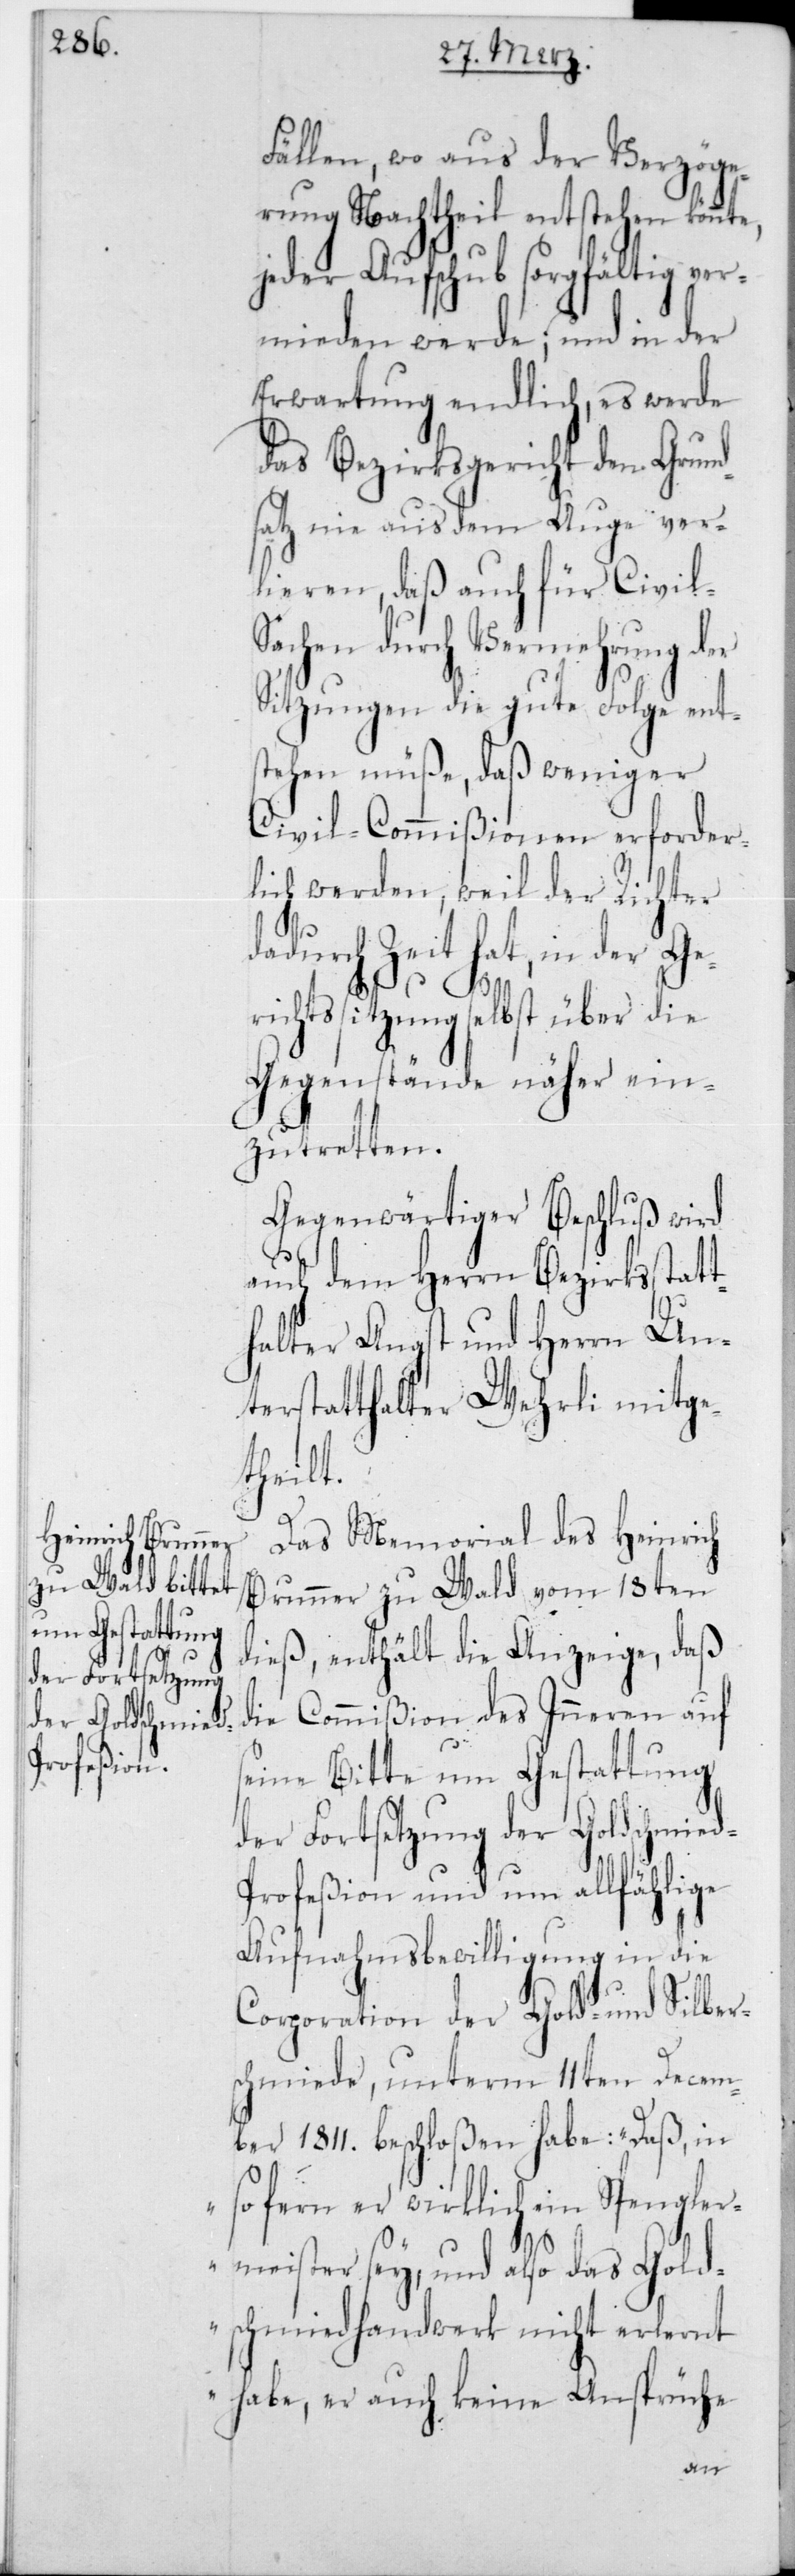
Fällen, wo aus der Verzöge¬
rung Nachtheil entstehen könnte,
jeder Aufschub sorgfältig ver¬
mieden werde; und in der
Erwartung endlich, es werde
das Bezirksgericht den Grund¬
satz nie aus dem Auge ver¬
lieren, daß auch für Civi¬
achen durch Vermehrung d¬
Sitzungen die gute Folge ent¬
stehen müße, daß weniger
Civil-Commißionen erforder¬
lich werden, weil der Richter
dadurch Zeit hat, in der Ger¬
d-P¬
ichtssitzung selbst über die
Gegenstände näher ein¬
zutretten.
Gegenwärtiger Beschluß wird
auch dem Herrn Bezirksstat¬
thalter Angst und Herrn Un¬
terstatthalter Wehrli mitge¬
theilt.
Das Memorial des Heinrich
Brunner zu Wald vom 18ten
dieß, enthält die Anzeige, daß
die Commißion des Innern auf
seine Bitte um Gestattung
der Fortsetzung der Goldschmie¬
rofeßion und um allfählige
Aufnahmsbewilligung in die
Corporation der Gold- und Silber¬
schmiede, unterm 11ten Decem¬
ber 1811 beschloßen habe: „Daß, in
so fern er wirklich ein Spengler¬
meister sey, und also das Gold¬
schmiedhandwerk nicht erlernt
habe, er auch keine Ansprüche